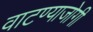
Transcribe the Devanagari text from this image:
वाटण्याजोगी